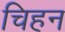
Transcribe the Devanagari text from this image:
चिहन